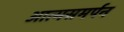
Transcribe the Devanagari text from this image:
आत्मसमर्पन